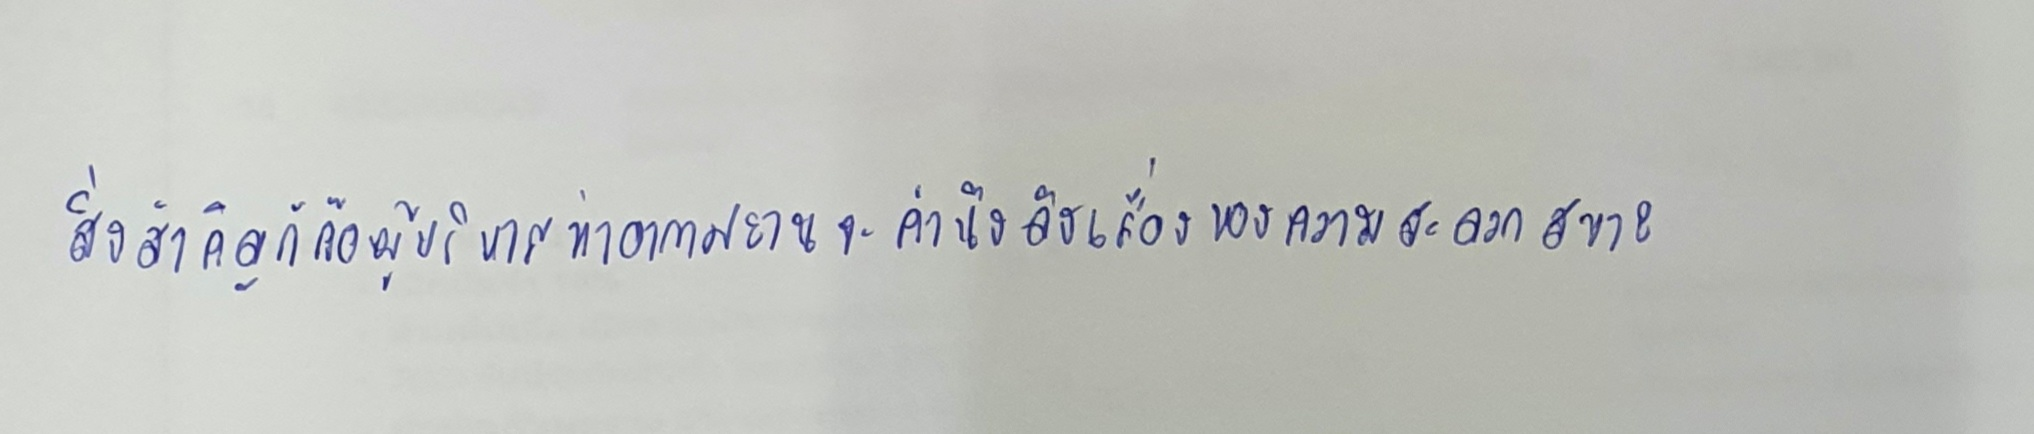
สิ่งสำคัญก็คือผู้บริหารท่าอากาศยานจะคำนึงถึงเรื่องของความสะดวกสบาย